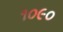
૧૦૯૦